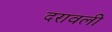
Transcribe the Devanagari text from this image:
दरावली